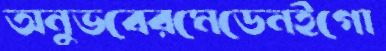
অনুভবেরমেডেনইগো